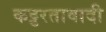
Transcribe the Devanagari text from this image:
कट्टरतावादी